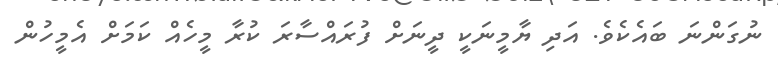
ނުގަންނަ ބައެކެވެ. އަދި ޔާމީނަކީ ދީނަށް ފުރައްސާރަ ކުރާ މީހެއް ކަމަށް އެމީހުން